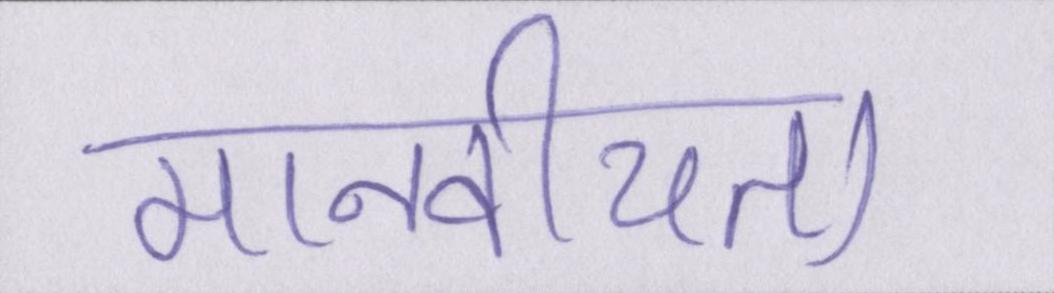
मानवीयता